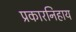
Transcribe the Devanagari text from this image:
प्रकारनिहाय